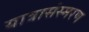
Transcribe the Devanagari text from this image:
यात्रासंस्मरण